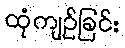
ထုံကျဉ်ခြင်း